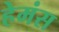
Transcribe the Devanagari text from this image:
हेमंस